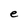
Character: e